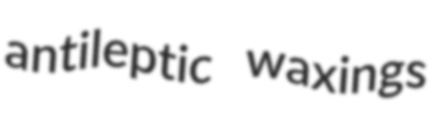
antileptic waxings